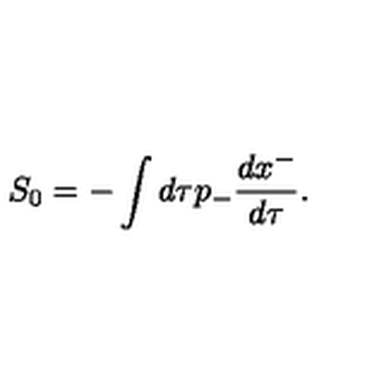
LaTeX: S _ { 0 } = - \int d \tau p _ { - } { \frac { d x ^ { - } } { d \tau } } .